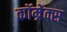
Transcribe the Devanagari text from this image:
कॉम्रेक्स